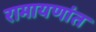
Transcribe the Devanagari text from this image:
रामायणांत